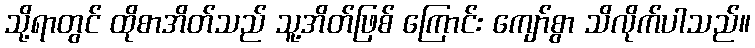
သို့ရာတွင် ထိုစာအိတ်သည် သူ့အိတ်ဖြစ် ကြောင်း ကျော်စွာ သိလိုက်ပါသည်။